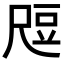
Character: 𬤶